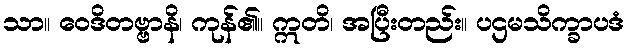
သာ။ ဝေဒိတဗ္ဗာနိ၊ ကုန်၏။ ဣတိ၊ အပြီးတည်း။ ပဌမသိက္ခာပဒံ